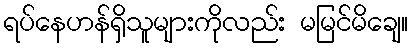
ရပ်နေဟန်ရှိသူများကိုလည်း မမြင်မိချေ။